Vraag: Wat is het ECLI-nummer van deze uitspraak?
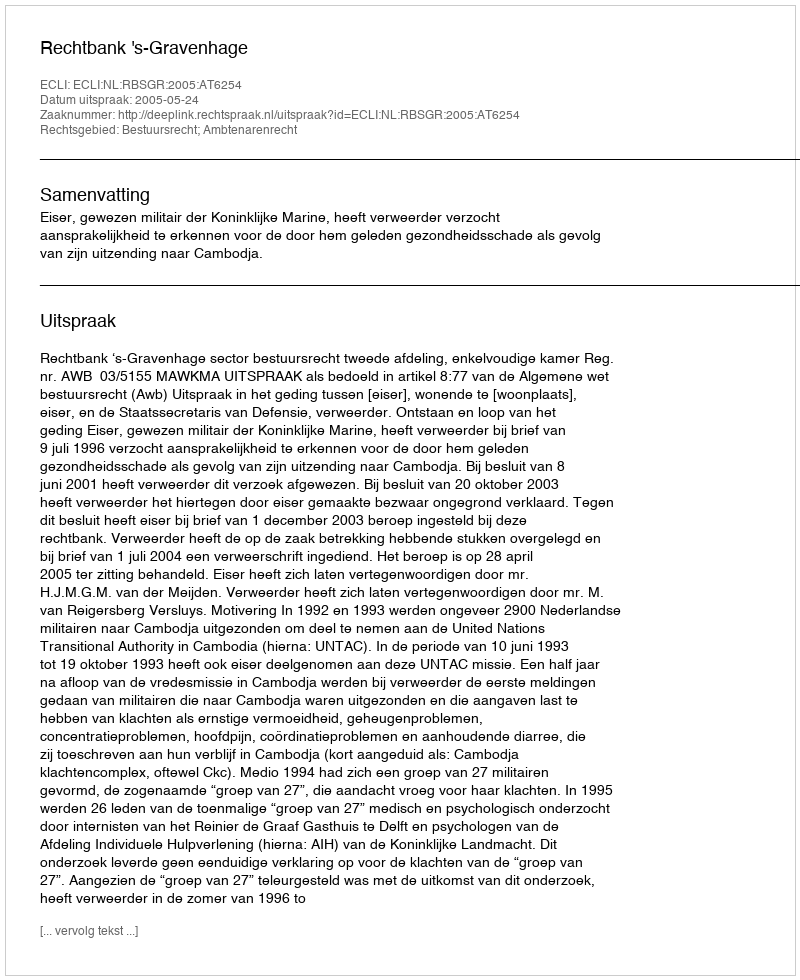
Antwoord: ECLI:NL:RBSGR:2005:AT6254